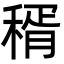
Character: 稰